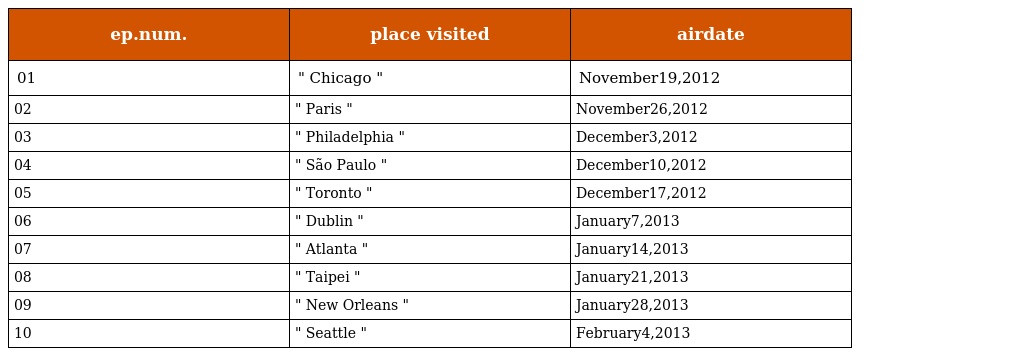
| ep.num. | place visited | airdate |
 | --- | --- | --- |
 | 01 | " Chicago " | November19,2012 |
 | 02 | " Paris " | November26,2012 |
 | 03 | " Philadelphia " | December3,2012 |
 | 04 | " São Paulo " | December10,2012 |
 | 05 | " Toronto " | December17,2012 |
 | 06 | " Dublin " | January7,2013 |
 | 07 | " Atlanta " | January14,2013 |
 | 08 | " Taipei " | January21,2013 |
 | 09 | " New Orleans " | January28,2013 |
 | 10 | " Seattle " | February4,2013 |